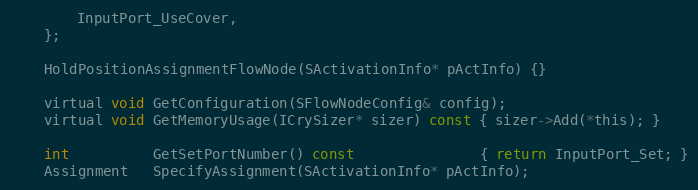
Language: C
		InputPort_UseCover,
	};

	HoldPositionAssignmentFlowNode(SActivationInfo* pActInfo) {}

	virtual void GetConfiguration(SFlowNodeConfig& config);
	virtual void GetMemoryUsage(ICrySizer* sizer) const { sizer->Add(*this); }

	int          GetSetPortNumber() const               { return InputPort_Set; }
	Assignment   SpecifyAssignment(SActivationInfo* pActInfo);